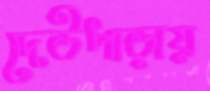
দেউপাড়ায়